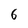
Character: 6